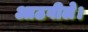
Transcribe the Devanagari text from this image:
आठवीले।